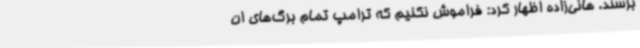
برسند. هانی‌زاده اظهار کرد: فراموش نکنیم که ترامپ تمام برگ‌های ان